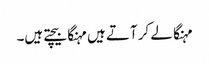
مہنگا لے کر آتے ہیں مہنگا بیچتے ہیں۔